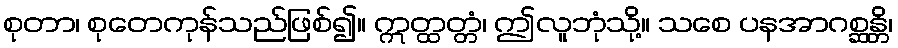
စုတာ၊ စုတေကုန်သည်ဖြစ်၍။ ဣတ္ထတ္တံ၊ ဤလူဘုံသို့။ သစေ ပနအာဂစ္ဆန္တိ၊